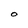
Character: O